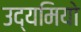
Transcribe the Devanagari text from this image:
उद्यमियो